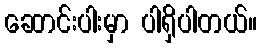
ဆောင်းပါးမှာ ပါရှိပါတယ်။